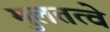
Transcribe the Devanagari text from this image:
मुलतत्वे